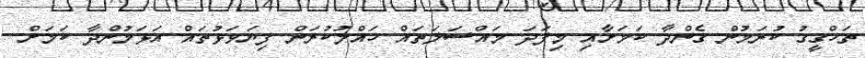
ތަހްގީގު ކުރަމުން ގެންދާ ކަމަށާއި މިފަދަ މައްސަލަތައް ހައްލުކުރަން ފިޔަވަޅުތައް އަޅަމުންދާ ކަމަށް